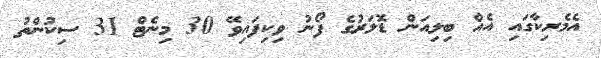
އެމެރިކާގައި އެއް ބިލިއަން ޑޮލަރުގެ ފޯނު ވިކިފައިވޭ 30 މިނެޓް 31 ސިކުންތު